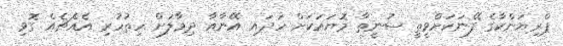
ޕްރިޔަންކާގެ ފޭނަކަށްވީތީ ސުނީތާ މޮޔައަކަށް ހަދައި އޭނާއާ ދިމާލަށް ހިތުހުރި އެއްޗެއް ގޮވި